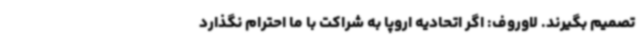
تصمیم بگیرند. لاوروف: اگر اتحادیه اروپا به شراکت با ما احترام نگذارد